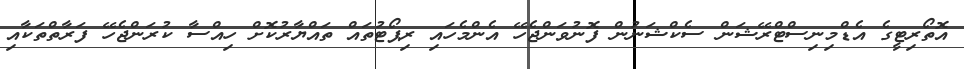
އޮތޯރިޓީގެ އެޑްމިނިސްޓްރޭޝަން ސެކްޝަނުން ފޮނުވަންޖެހޭ އެންމެހައި ރިޕޯޓުތައް ތައްޔާރުކޮށް ހިއްސާ ކުރަންޖެހޭ ފަރާތްތަކާއި